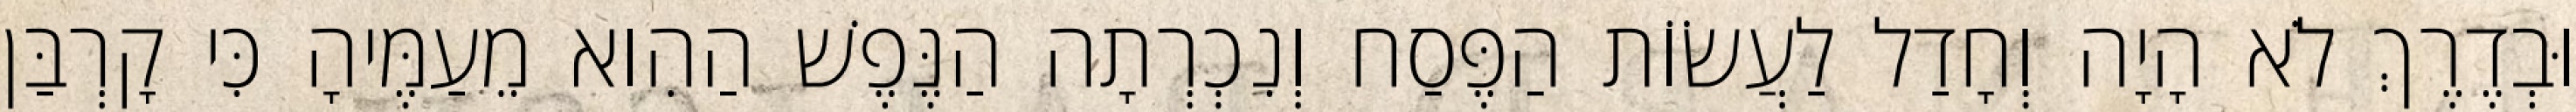
וּבְדֶרֶךְ לֹא הָיָה וְחָדַל לַעֲשׂוֹת הַפֶּסַח וְנִכְרְתָה הַנֶּפֶשׁ הַהִוא מֵעַמֶּיהָ כִּי קָרְבַּן